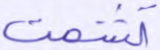
تشمت